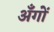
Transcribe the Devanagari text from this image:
अँगों